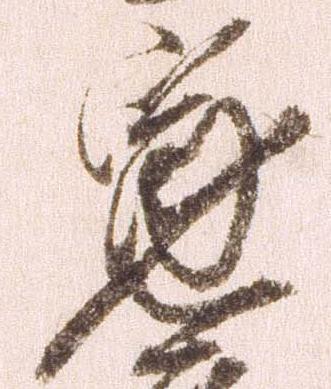
寛